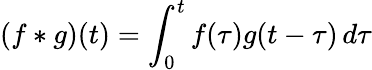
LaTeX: (f*g)(t)=\int_{0}^{t}f(\tau)g(t-\tau)\, d\tau